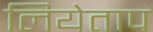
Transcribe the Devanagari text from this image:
लियेताप